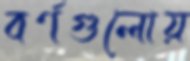
বর্ণগুলোয়